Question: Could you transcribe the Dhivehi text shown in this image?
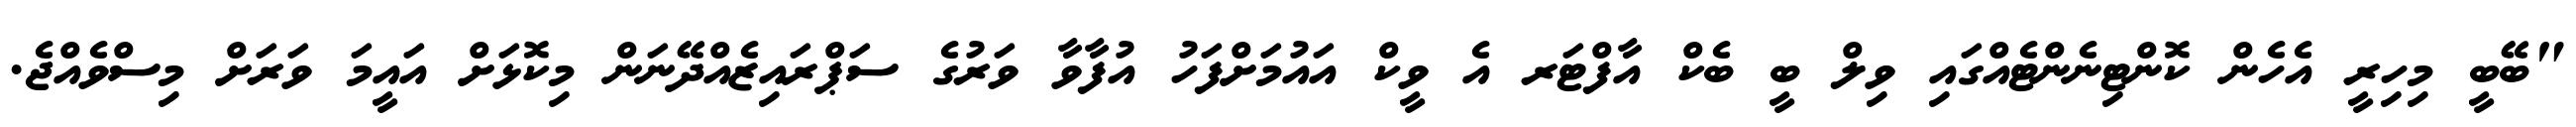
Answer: "ބޭބީ މިހިރީ އެހެން ކޮންޓިނެންޓެއްގައި ވިލް ބީ ބެކް އާފްޓަރ އެ ވީކް އައުމަށްފަހު އުފާވާ ވަރުގެ ސަޕްރައިޒެއްދޭނަން މިކޮޅަށް އައީމަ ވަރަށް މިސްވެއްޖެ.